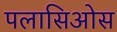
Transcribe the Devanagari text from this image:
पलासिओस